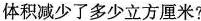
体积减少了多少立方厘米?